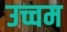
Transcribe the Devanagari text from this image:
उच्चम